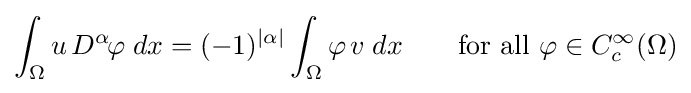
\int _{\Omega }u\,D^{\alpha \!}\varphi \;dx=(-1)^{|\alpha |}\int _{\Omega }\varphi \,v\;dx\qquad {\text{for all }}\varphi \in C_{c}^{\infty }(\Omega )